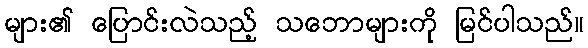
များ၏ ပြောင်းလဲသည့် သဘောများကို မြင်ပါသည်။